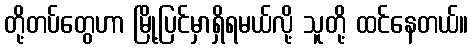
တို့တပ်တွေဟာ မြို့ပြင်မှာရှိရမယ်လို့ သူတို့ ထင်နေတယ်။